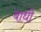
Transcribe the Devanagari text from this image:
बाधी